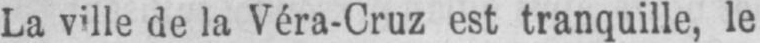
La ville de la Véra-Cruz est tranquille, le